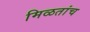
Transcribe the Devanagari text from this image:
मिळतांच